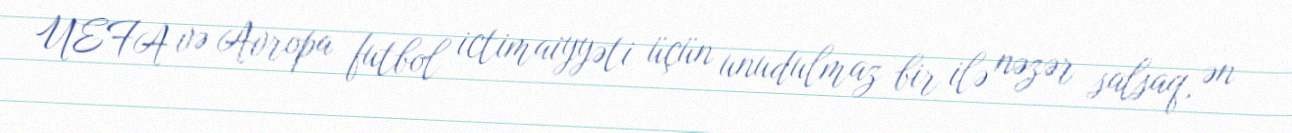
UEFA və Avropa futbol ictimaiyyəti üçün unudulmaz bir ilə nəzər salsaq, ən